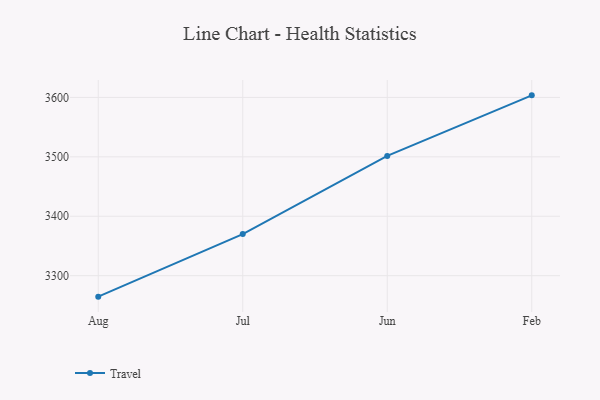
{"axis": {"x": "Month", "y": "Tickets Resolved"}, "legend": ["Travel"], "data": [{"x": "Aug", "y": 3264.7, "type": "Travel"}, {"x": "Jul", "y": 3370.0, "type": "Travel"}, {"x": "Jun", "y": 3501.6, "type": "Travel"}, {"x": "Feb", "y": 3603.5, "type": "Travel"}]}